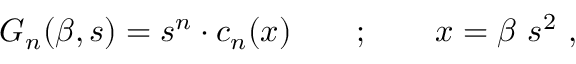
\begin{array} { r } { G _ { n } ( \beta , s ) = s ^ { n } \cdot c _ { n } ( x ) \qquad ; \qquad x = \beta \ s ^ { 2 } \ , } \end{array}